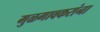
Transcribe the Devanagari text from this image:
मुळगावकरांना